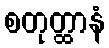
စတုတ္ထာနံ